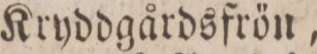
Kryddgårdsfrön,